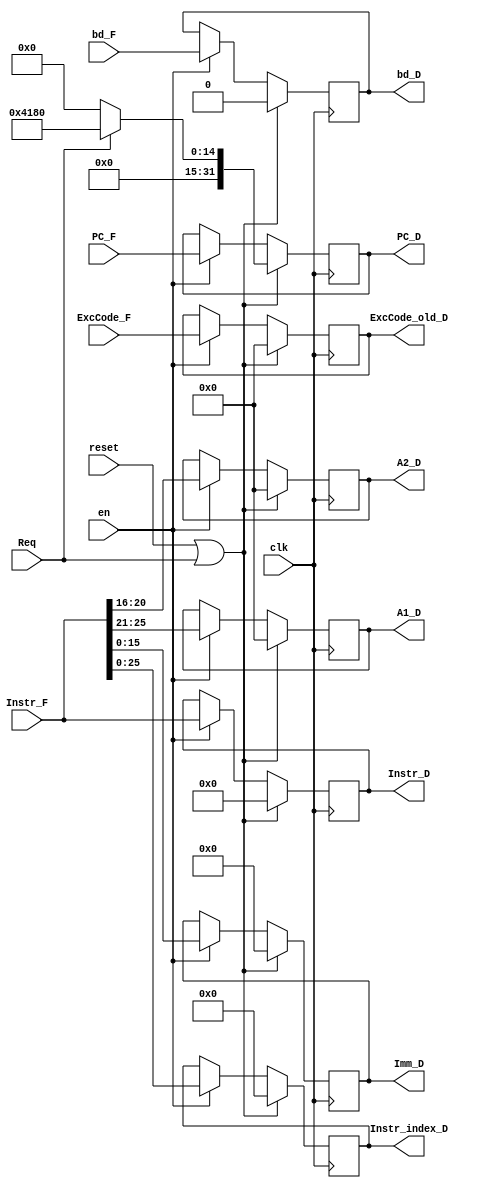
`timescale 1ns / 1ps
module D_REG(
    input clk,
    input reset,
	 input Req,
    input en,
    input [31:0] Instr_F,
    input [31:0] PC_F,
	 input [4:0] ExcCode_F,
	 input bd_F,
	 
    output reg [31:0] Instr_D,
    output reg [31:0] PC_D,
    output reg [25:0] Instr_index_D,
	 output reg [15:0] Imm_D,
    output reg [4:0] A1_D,
    output reg [4:0] A2_D,
	 output reg [4:0] ExcCode_old_D,
	 output reg bd_D
);
    initial begin
        Instr_D<=32'h0;
        PC_D<=32'h0;
		  Instr_index_D<=25'h0;
        A1_D<=5'h0;
        A2_D<=5'h0;
        Imm_D<=5'h0;
		  ExcCode_old_D<=5'h0;
		  bd_D<=0;
    end
	//reset>Req>stall
    always @(posedge clk) begin
        if (reset|Req) begin
				Instr_D<=32'h0;
				PC_D<=(Req)?32'h0000_4180:32'h0;
				Instr_index_D<=25'h0;
				A1_D<=5'h0;
				A2_D<=5'h0;
				Imm_D<=5'h0;
				ExcCode_old_D<=5'h0;
				bd_D<=0;
        end
		  
        else if (en) begin
            Instr_D<=Instr_F;
            PC_D<=PC_F;
            Instr_index_D<=Instr_F[25:0];
            A1_D<=Instr_F[25:21];
            A2_D<=Instr_F[20:16];
            Imm_D<=Instr_F[15:0];
				ExcCode_old_D<=ExcCode_F;
				bd_D<=bd_F;
        end
    end

endmodule